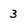
Character: 3